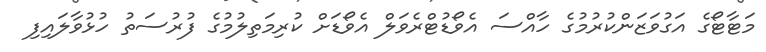
މަޓާޓޯގެ އަގުވަޒަންކުރުމުގެ ހާއްސަ އެވޯޑުޓްރެވަލް އެވޯޑަށް ކުރިމަތިލުމުގެ ފުރުސަތު ހުޅުވާލައިފި